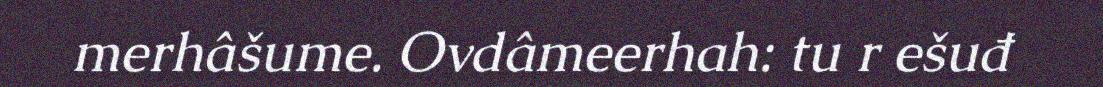
merhâšume. Ovdâmeerhah: tu r ešuđ